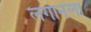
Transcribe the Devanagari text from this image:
लगानला